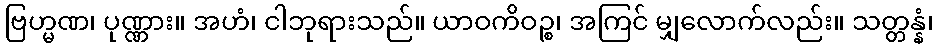
ဗြဟ္မဏ၊ ပုဏ္ဏား။ အဟံ၊ ငါဘုရားသည်။ ယာဝကိဝဉ္စ၊ အကြင် မျှလောက်လည်း။ သတ္တန္နံ၊